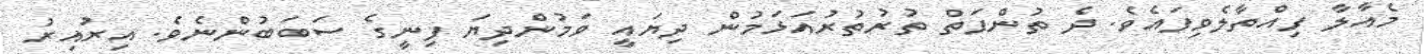
މެއާލާ ފިއްތާލެވިފައެވެ. ދެ ތުންފަތް ތުރުތުރުއަޅަމުން ދިޔައީ ވަމުންދިޔަ ފިނީގެ ސަބަބުންނެވެ. އިރުއިރު